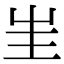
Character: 𡉚